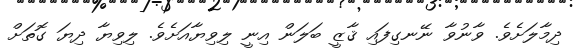
ދިމާލަށެވެ. ވާނުވާ ނޭނގިފައި ޤާޒީ ބަލަން އިނީ ލިވިޔާއަށެވެ. ލިވިޔާ ދިޔަ ގޮތަށް